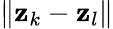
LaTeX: \| \mathbf{z}_{k}-\mathbf{z}_{l}\|